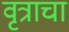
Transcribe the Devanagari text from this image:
वृत्राचा